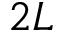
2 L